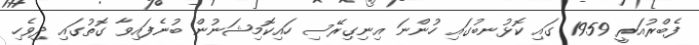
ފެބްރުއަރީ 1959 ގައި ކޮޅުނބުގައި ހުންނަ އިނިގިރޭސި ހައިކޮމިޝަނުން ބުނެފައިވާ ގޮތުގައި ދިވެހި